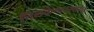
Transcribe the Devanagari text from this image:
तिलकेश्वरस्थान